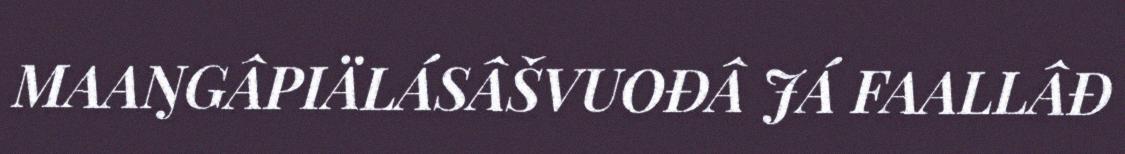
MAAŊGÂPIÄLÁSÂŠVUOĐÂ JÁ FAALLÂĐ